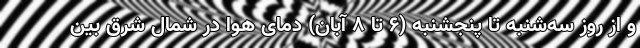
و از روز سه‌شنبه تا پنجشنبه (۶ تا ۸ آبان) دمای هوا در شمال شرق بین